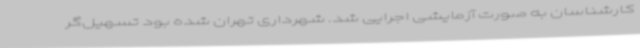
کارشناسان به صورت آزمایشی اجرایی شد. شهرداری تهران شده بود تسهیل‌گر